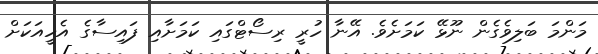
މަންމަ ބަލިވެގެން ނޫޅޭ ކަމަށެވެ. އޭނާ ހުރީ ރިސޯޓްގައި ކަމަށާއި ފައިސާގެ އެހީއަކަށް